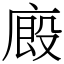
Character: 廄